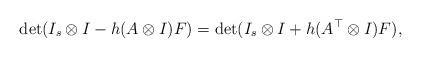
LaTeX: \begin{align*}\det(I_s\otimes I - h(A\otimes I)F) = \det(I_s\otimes I + h(A^\top \otimes I)F),\end{align*}